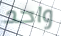
واحد